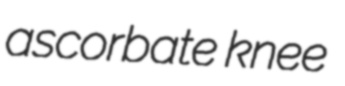
ascorbate knee